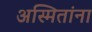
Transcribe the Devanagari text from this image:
अस्मितांना